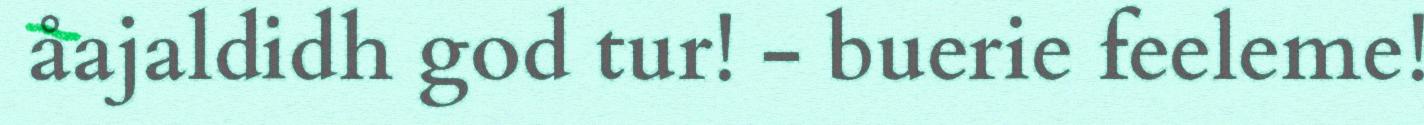
åajaldidh god tur! - buerie feeleme!